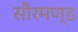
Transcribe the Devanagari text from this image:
सौरमण्ड